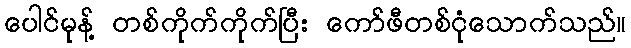
ပေါင်မုန့် တစ်ကိုက်ကိုက်ပြီး ကော်ဖီတစ်ငုံသောက်သည်။